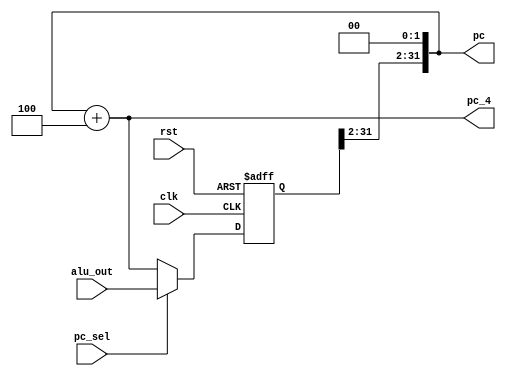
`timescale 1ns / 1ps
//////////////////////////////////////////////////////////////////////////////////
// Company: 
// Engineer: 
// 
// Design Name: 
// Module Name:    pc_reg 
// Project Name: 
// Target Devices: 
// Tool versions: 
// Description: 
//
// Dependencies: 
//
// Revision: 
// Revision 0.01 - File Created
// Additional Comments: 
//
//////////////////////////////////////////////////////////////////////////////////
module pc_reg(
    input [31:0] alu_out,
    input clk,
    input rst,
    output [31:0] pc,
    output [31:0] pc_4,
    input pc_sel
    );
	reg [31:0]pc_reg;
assign pc_4=pc+4;
always @(posedge(clk) or posedge(rst))
begin 
if (rst)
pc_reg<=0;
else 
begin 
if (pc_sel)
pc_reg<=alu_out;
else 
pc_reg<=pc_4;
end 
end
assign pc[31:2]= pc_reg[31:2];
assign pc[1:0]= 2'b0;
endmodule